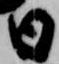
日